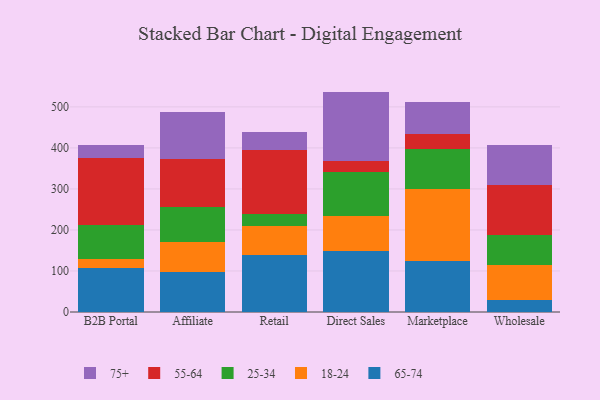
{"axis": {"x": "Channel", "y": "Humidity (%)"}, "legend": ["18-24", "25-34", "55-64", "65-74", "75+"], "data": [{"x": "B2B Portal", "y": 106.5, "type": "65-74"}, {"x": "B2B Portal", "y": 22.5, "type": "18-24"}, {"x": "B2B Portal", "y": 83.9, "type": "25-34"}, {"x": "B2B Portal", "y": 163.1, "type": "55-64"}, {"x": "B2B Portal", "y": 31.5, "type": "75+"}, {"x": "Affiliate", "y": 97.7, "type": "65-74"}, {"x": "Affiliate", "y": 72.9, "type": "18-24"}, {"x": "Affiliate", "y": 85.6, "type": "25-34"}, {"x": "Affiliate", "y": 117.5, "type": "55-64"}, {"x": "Affiliate", "y": 113.0, "type": "75+"}, {"x": "Retail", "y": 138.3, "type": "65-74"}, {"x": "Retail", "y": 72.5, "type": "18-24"}, {"x": "Retail", "y": 29.0, "type": "25-34"}, {"x": "Retail", "y": 155.1, "type": "55-64"}, {"x": "Retail", "y": 43.0, "type": "75+"}, {"x": "Direct Sales", "y": 149.7, "type": "65-74"}, {"x": "Direct Sales", "y": 85.3, "type": "18-24"}, {"x": "Direct Sales", "y": 107.3, "type": "25-34"}, {"x": "Direct Sales", "y": 25.9, "type": "55-64"}, {"x": "Direct Sales", "y": 169.1, "type": "75+"}, {"x": "Marketplace", "y": 125.1, "type": "65-74"}, {"x": "Marketplace", "y": 175.1, "type": "18-24"}, {"x": "Marketplace", "y": 97.5, "type": "25-34"}, {"x": "Marketplace", "y": 35.1, "type": "55-64"}, {"x": "Marketplace", "y": 78.7, "type": "75+"}, {"x": "Wholesale", "y": 30.4, "type": "65-74"}, {"x": "Wholesale", "y": 83.6, "type": "18-24"}, {"x": "Wholesale", "y": 74.5, "type": "25-34"}, {"x": "Wholesale", "y": 121.0, "type": "55-64"}, {"x": "Wholesale", "y": 98.3, "type": "75+"}]}